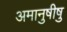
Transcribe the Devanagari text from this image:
अमानुषीषु